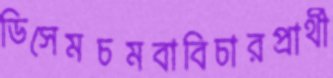
ডিসেমচমবাবিচারপ্রার্থী